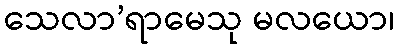
သေလာ’ရာမေသု မလယော၊